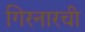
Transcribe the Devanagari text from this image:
गिरनारची